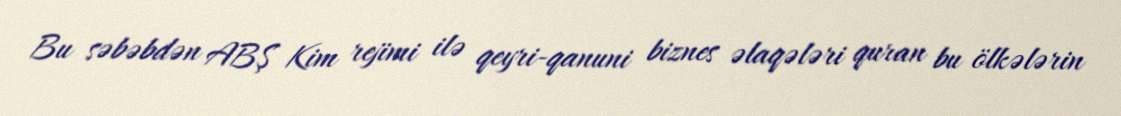
Bu səbəbdən ABŞ Kim rejimi ilə qeyri-qanuni biznes əlaqələri quran bu ölkələrin